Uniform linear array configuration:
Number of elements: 48
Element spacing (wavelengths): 0.25
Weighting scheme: cosine
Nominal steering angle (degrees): -30
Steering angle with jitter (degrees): -31.899
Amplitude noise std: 0.05
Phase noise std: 0.05

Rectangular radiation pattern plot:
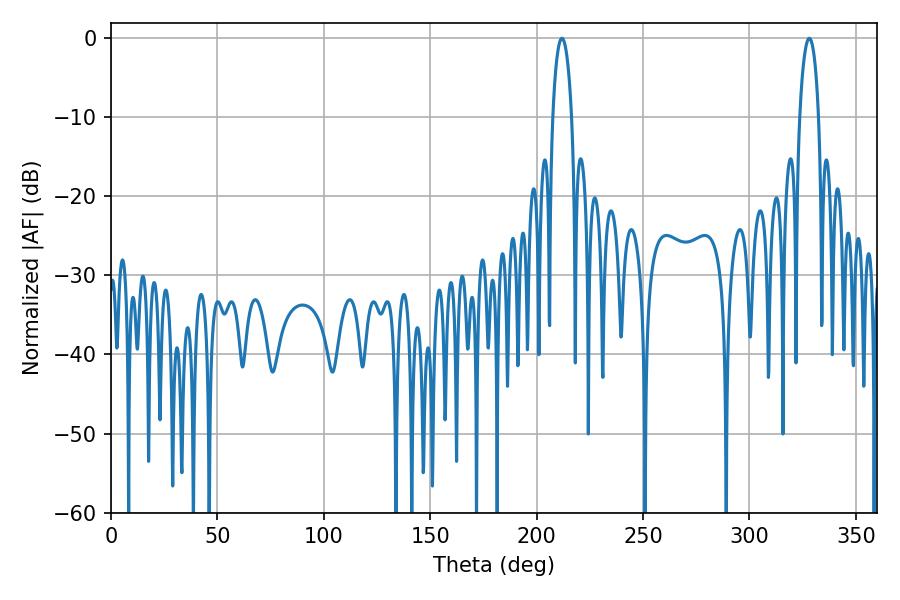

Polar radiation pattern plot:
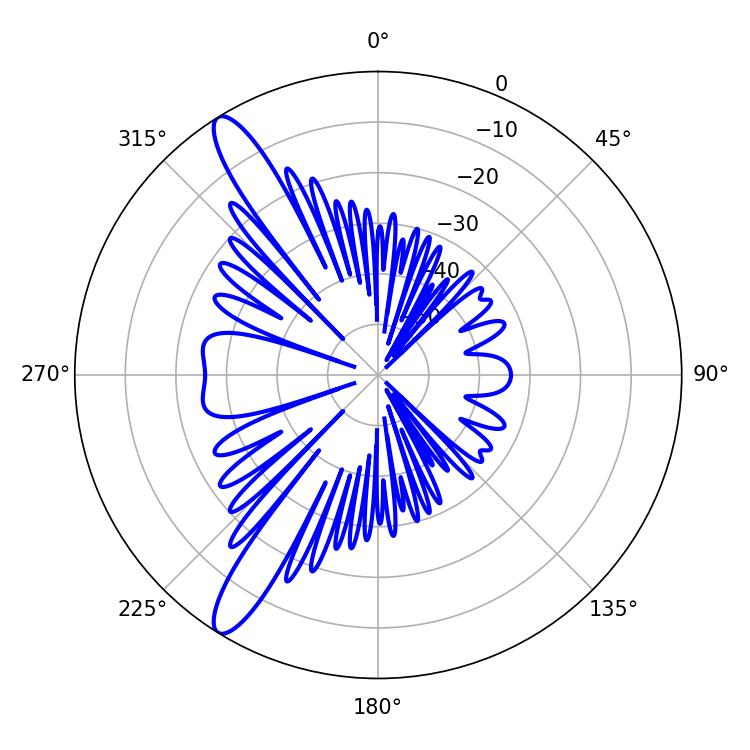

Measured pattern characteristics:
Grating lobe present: FALSE
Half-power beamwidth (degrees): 5.04
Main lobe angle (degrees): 328.14